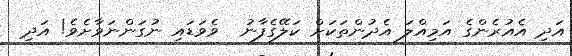
އަދި އެއުރެންގެ އަމިއްލަ އެދުންތަކަށް ކަލޭގެފާނު  ވެވަޑައި ނުގަންނަވާށެވެ! އަދި